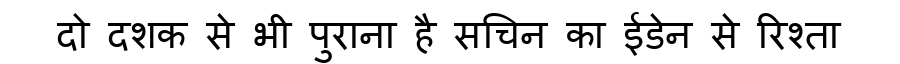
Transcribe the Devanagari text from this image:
दो दशक से भी पुराना है सचिन का ईडेन से रिश्ता